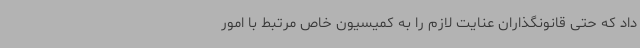
داد که حتی قانونگذاران عنایت لازم را به کمیسیون خاص مرتبط با امور